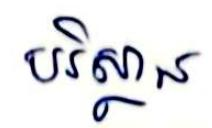
បរិស្ថាន